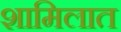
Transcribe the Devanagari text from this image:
शामिलात